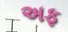
અફ